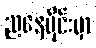
ညနေပိုင်းမှာ